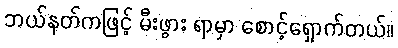
ဘယ်နတ်ကဖြင့် မီးဖွား ရာမှာ စောင့်ရှောက်တယ်။